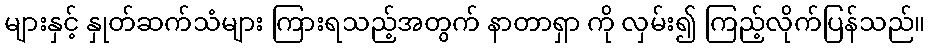
များနှင့် နှုတ်ဆက်သံများ ကြားရသည့်အတွက် နာတာရှာ ကို လှမ်း၍ ကြည့်လိုက်ပြန်သည်။